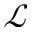
\mathcal { L }